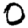
Digit: 0